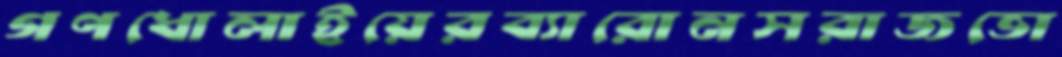
গণধোলাইয়েরব্যারোনসরাজভো